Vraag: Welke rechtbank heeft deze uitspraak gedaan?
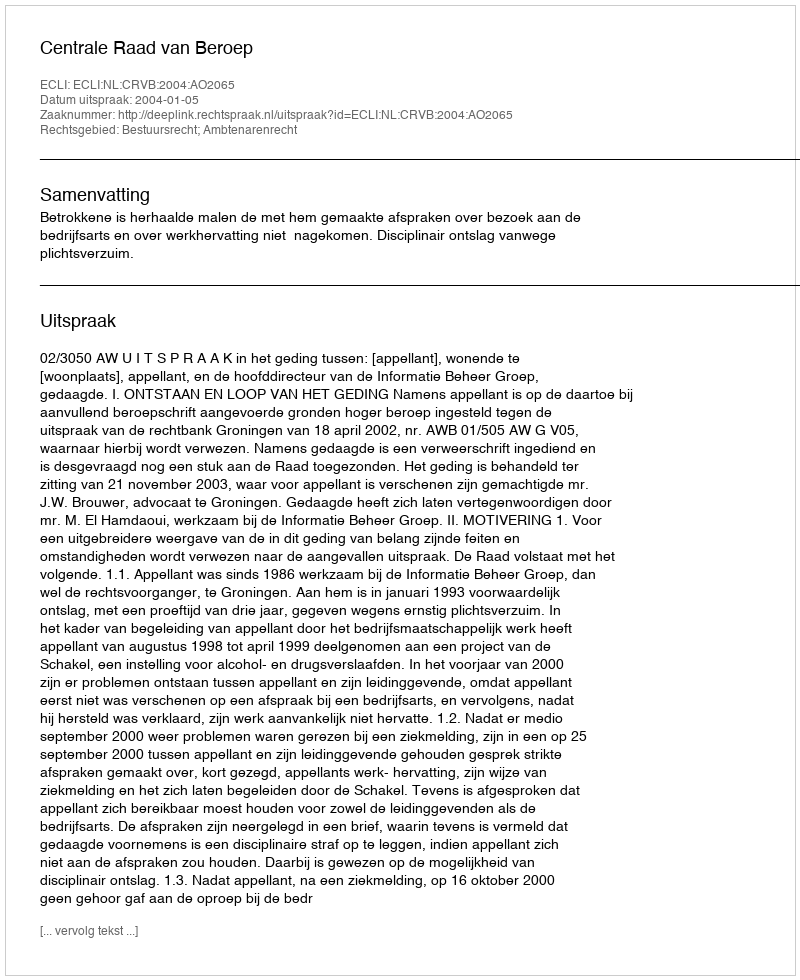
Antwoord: Centrale Raad van Beroep